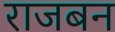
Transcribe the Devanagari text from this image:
राजबन